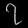
Digit: ၇